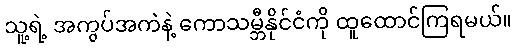
သူ့ရဲ့ အကွပ်အကဲနဲ့ ကောသမ္ဘီနိုင်ငံကို ထူထောင်ကြရမယ်။